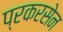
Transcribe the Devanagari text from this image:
प्रकरसेन